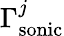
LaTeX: \Gamma_{\mathrm{{sonic}}}^{j}